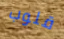
قلوب